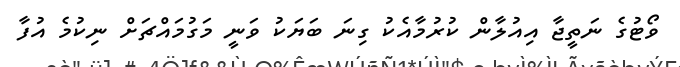
ވޯޓުގެ ނަތީޖާ އިއުލާން ކުރުމާއެކު ގިނަ ބަޔަކު ވަނީ މަގުމައްޗަށް ނިކުމެ އުފާ